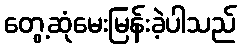
တွေ့ဆုံမေးမြန်းခဲ့ပါသည်